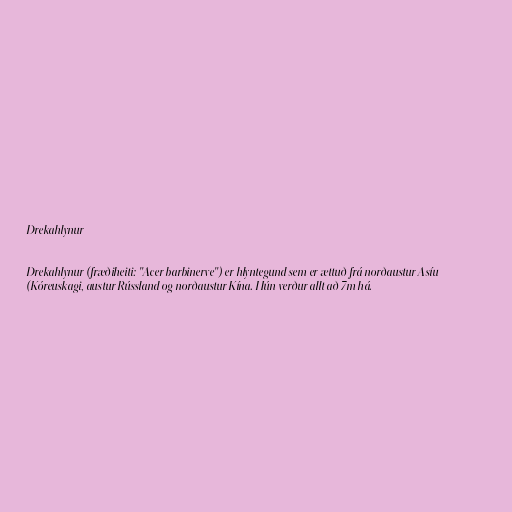
Drekahlynur

Drekahlynur (fræðiheiti: "Acer barbinerve") er hlyntegund sem er ættuð frá norðaustur Asíu
(Kóreuskagi, austur Rússland og norðaustur Kína. Hún verður allt að 7m há.